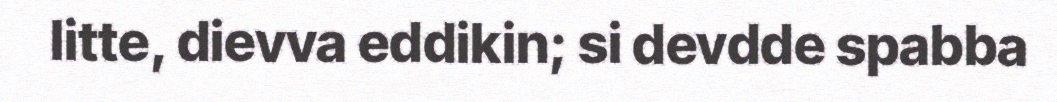
litte, dievva eddikin; si devdde spabba